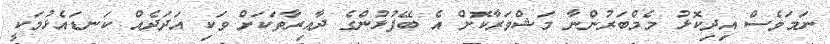
ނަމަވެސް އިދިކޮޅު މެމްބަރުންނާ މަޝްވަރާކޮށް އެ ބޭފުޅުންގެ ދާއިރާތަކަށް ވަކި އަދަދެއް ކަނޑައެޅުމަކީ